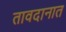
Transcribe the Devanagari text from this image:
तावदानात